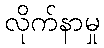
လိုက်နာမှု